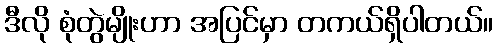
ဒီလို စုံတွဲမျိုးဟာ အပြင်မှာ တကယ်ရှိပါတယ်။